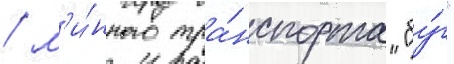
/ м'и́нного тра́нспорта "бу́г"